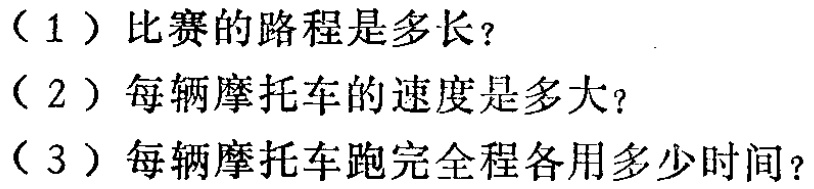
（1）比赛的路程是多长？

（2）每辆摩托车的速度是多大？

（3）每辆摩托车跑完全程各用多少时间？